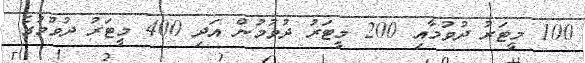
100 މީޓަރު ދުވުމާއި 200 މީޓަރު ދުވުމުން އަދި 400 މީޓަރު ދުވުމުގެ